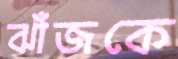
ঝাঁজকে